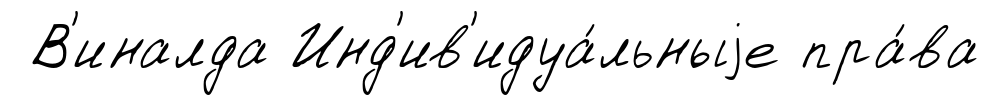
В'иналда Инд'ив'идуа́льныjе пра́ва